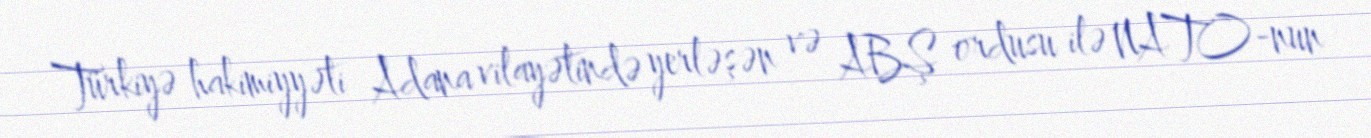
Türkiyə hakimiyyəti Adana vilayətində yerləşən və ABŞ ordusu ilə NATO-nun